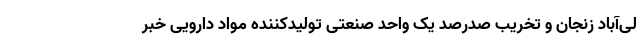
لی‌آباد زنجان و تخریب صدرصد یک واحد صنعتی تولیدکننده مواد دارویی خبر